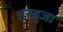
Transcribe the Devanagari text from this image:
तरबूजा